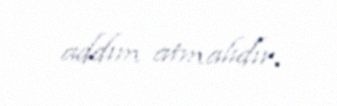
addım atmalıdır.